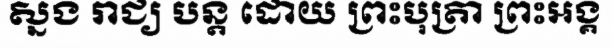
ស្នង រាជ្យ បន្ត ដោយ ព្រះបុត្រា ព្រះអង្គ